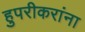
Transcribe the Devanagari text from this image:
हुपरीकरांना